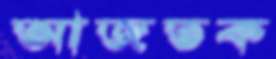
আজতক